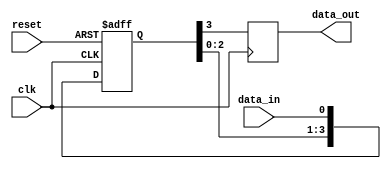
module Four_flop_synchronizer (
    input wire clk,
    input wire reset,
    input wire data_in,
    output reg data_out
);

reg [3:0] d;

always @(posedge clk or posedge reset) begin
    if (reset) begin
        d <= 4'b0000;
    end else begin
        d <= {d[2:0], data_in};
    end
end

always @(posedge clk) begin
    data_out <= d[3];
end

endmodule